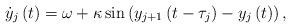
LaTeX: \begin{align*}\dot{y}_{j}\left(t\right)=\omega+\kappa\sin\left(y_{j+1}\left(t-\tau_{j}\right)-y_{j}\left(t\right)\right),\end{align*}